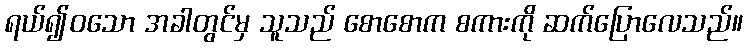
ရယ်၍ဝသော အခါတွင်မှ သူသည် စောစောက စကားကို ဆက်ပြောလေသည်။